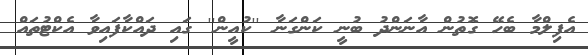
އެފިލްމާ ބެހޭ ގޮތުން އާނަންދު ބުނީ ކަންގަނާ ''ކުއީން'' ގައި ދައްކާފައިވާ އެކްޓުތައް